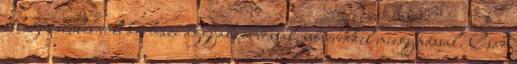
átlagos szülés volt kórházi ággyal, orvossal, nővérekkel miegymással. Csak